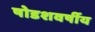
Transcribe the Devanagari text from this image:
षोडशवर्षीय